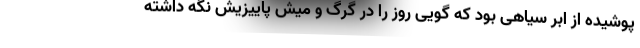
پوشیده از ابر سیاهی بود که گویی روز را در گرگ و میش پاییزیش نگه داشته